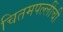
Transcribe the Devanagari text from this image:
चितमपल्लींची